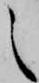
之